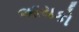
આયકો